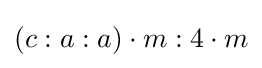
(c:a:a)\cdot m:4\cdot m